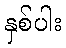
နှစ်ပါး